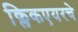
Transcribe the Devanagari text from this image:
क्लिकएयरचे